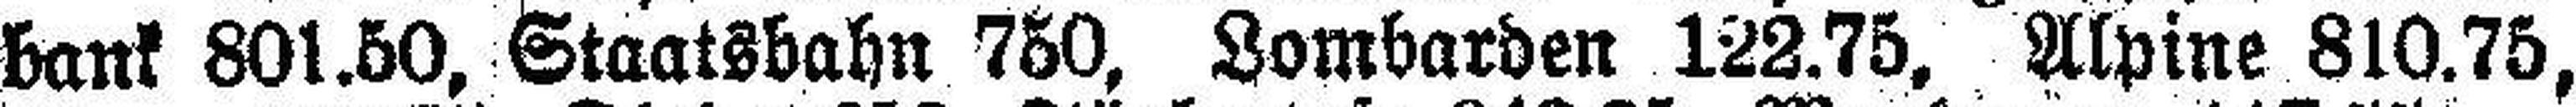
bank 801.50, Staatsbahn 750, Lombarden 122.75, Alpine 810.75,